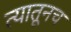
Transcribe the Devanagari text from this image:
त्‍यातूनच